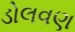
ડોલવણ